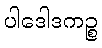
ပါဒေါဒကဉ္စ